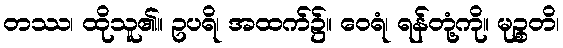
တဿ၊ ထိုသူ၏။ ဥပရိ၊ အထက်၌။ ဝေရံ၊ ရန်တုံ့ကို။ မုဉ္စတိ၊